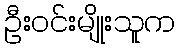
ဦးဝင်းမျိုးသူက